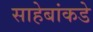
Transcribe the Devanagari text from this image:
साहेबांकडे